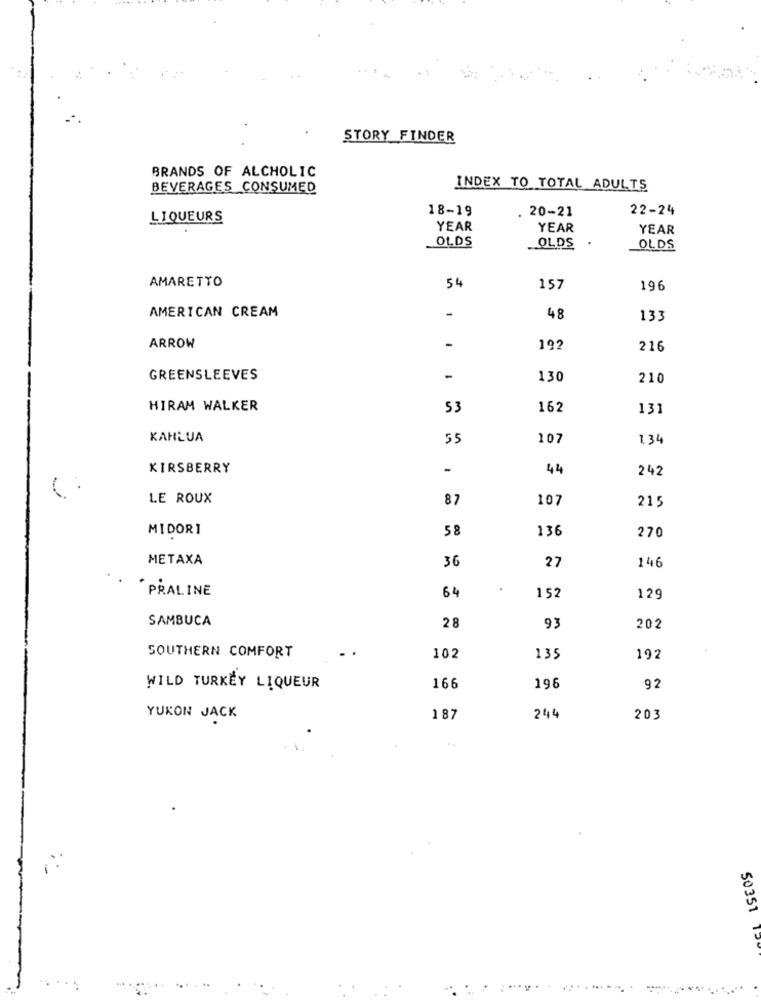
STORY FINDER
BRANDS OF ALCHOLIC
BEVERAGES CONSUMED
INDEX TO TOTAL ADULTS
18-19
. 20-21
22-24
LIQUEURS
YEAR
YEAR
YEAR
OLDS
OLDS .
OLDS
AMARETTO
54
157
196
48
AMERICAN CREAM
1
133
ARROW
-
192
216
GREENSLEEVES
-
130
210
HIRAM WALKER
53
162
131
KAHLUA
55
107
1.34
KIRSBERRY
-
44
242
LE ROUX
87
107
215
MIDORI
58
136
270
METAXA
36
27
146
· PRALINE
64
152
129
SAMBUCA
28
93
202
SOUTHERN COMFORT
102
135
192
WILD TURKEY LIQUEUR
166
196
92
YUKON JACK
187
244
203
50351
14
. ..